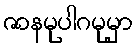
ဇာနမုပါဂမုမှာ